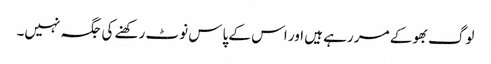
لوگ بھوکے مر رہے ہیں اور اس کے پاس نوٹ رکھنے کی جگہ نہیں۔